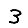
Digit: 3